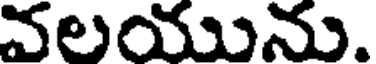
వలయును.